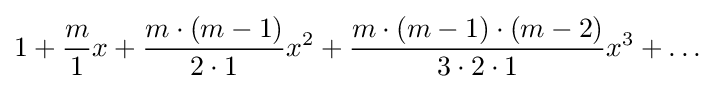
1+{\frac {m}{1}}x+{\frac {m\cdot (m-1)}{2\cdot 1}}x^{2}+{\frac {m\cdot (m-1)\cdot (m-2)}{3\cdot 2\cdot 1}}x^{3}+\ldots